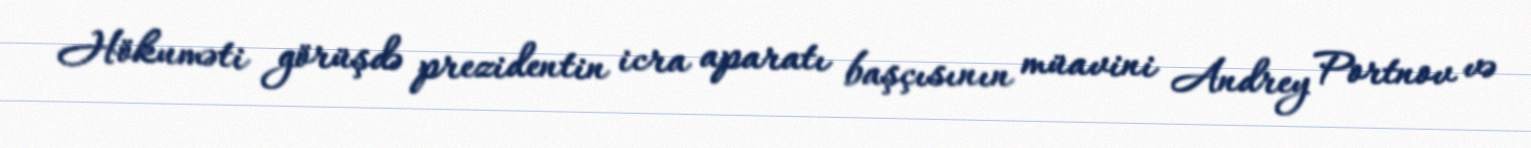
Hökuməti görüşdə prezidentin icra aparatı başçısının müavini Andrey Portnov və